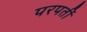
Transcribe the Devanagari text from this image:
परपर्ती